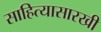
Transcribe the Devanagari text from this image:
साहित्यासारखी